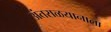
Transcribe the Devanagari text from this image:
अंतराळयानाला